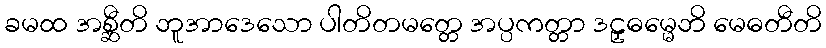
ခမထ အစ္ဆီတိ ဘူအာဒေသော ပါတိတမတ္တေ အပ္ပကတ္တာ ဒဠှဓမ္မေဘိ မေဓတီတိ